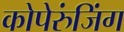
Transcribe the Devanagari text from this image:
कोपेरुंजिंग